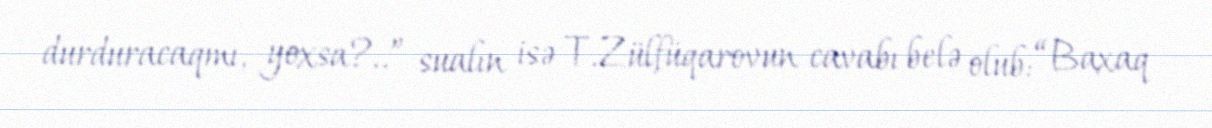
durduracaqmı, yoxsa?..” sualın isə T.Zülfüqarovun cavabı belə olub: “Baxaq